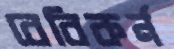
বেবিকর্ন